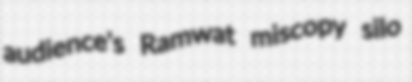
audience's Ramwat miscopy silo